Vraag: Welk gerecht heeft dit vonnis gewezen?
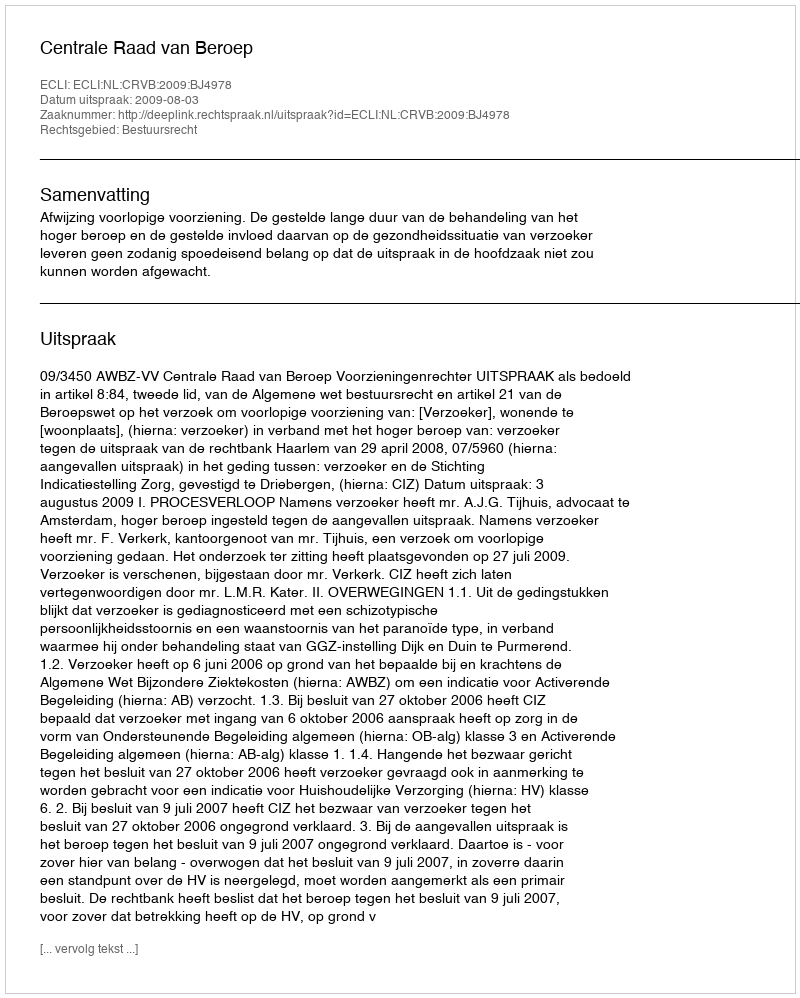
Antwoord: Centrale Raad van Beroep